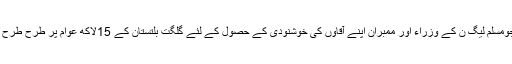
یہ وہ عجیب و غریب سانحات اور واقعات ہیں جومسلم لیگ ن کے وزراء اور ممبران اپنے آقاوں کی خوشنودی کے حصول کے لئے گلگت بلتستان کے 15لاکھ عوام پر طرح طرح کے حربوں سے ظلم و ذیادتی جاری رکھا ہے۔